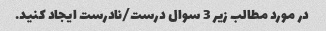
در مورد مطالب زیر 3 سوال درست/نادرست ایجاد کنید.